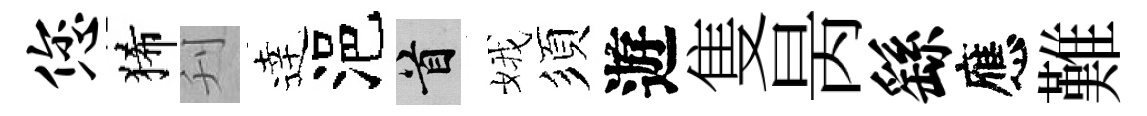
您狶刋逹浥首娥須遊隻昺繇應難